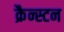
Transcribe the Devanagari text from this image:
क्रैन्स्टन